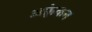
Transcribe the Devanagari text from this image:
अफ़्र्रेकन